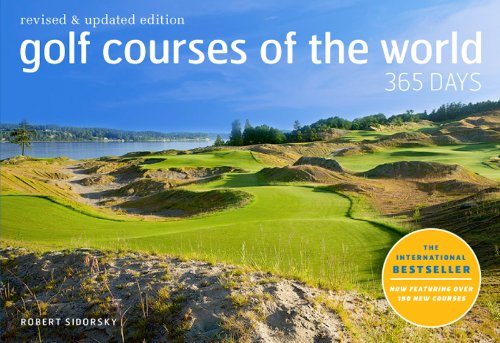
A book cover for Golf Courses of the World 365 Days: Revised and Updated Edition; Robert Sidorsky; Arts & Photography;